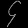
Digit: ၄